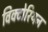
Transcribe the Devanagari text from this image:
विक्‍टोरियन